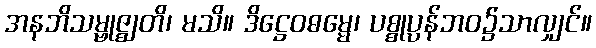
အနဘိသမ္ဗုဇ္ဈတိ၊ မသိ။ ဒိဋ္ဌေဝဓမ္မေ၊ ပစ္စုပ္ပန်ဘဝ၌သာလျှင်။